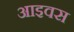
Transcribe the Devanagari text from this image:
आइवस